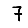
Digit: 7